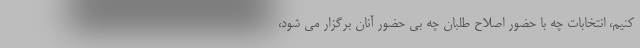
کنیم، انتخابات چه با حضور اصلاح طلبان چه بی حضور آنان برگزار می شود،